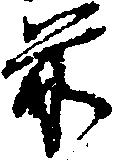
前